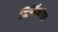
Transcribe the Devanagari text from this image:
निर्मिकांवर